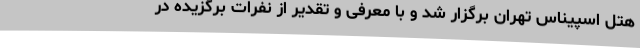
هتل اسپیناس تهران برگزار شد و با معرفی و تقدیر از نفرات برگزیده در